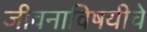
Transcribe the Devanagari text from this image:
जीवनाविषयीचे